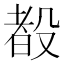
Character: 殾